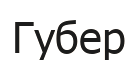
Губер